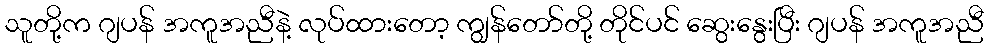
သူတို့က ဂျပန် အကူအညီနဲ့ လုပ်ထားတော့ ကျွန်တော်တို့ တိုင်ပင် ဆွေးနွေးပြီး ဂျပန် အကူအညီ